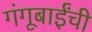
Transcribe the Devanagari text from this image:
गंगूबाईंची